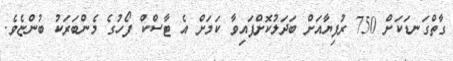
ގާތްގަނޑަކަށް 750 ރުފިޔާއަށް ބަދަލުކޮށްފައިވާ ކަމަށް އެ ޓާސްކް ފޯހުގެ މެންބަރަކު ބުންޏެވެ.